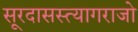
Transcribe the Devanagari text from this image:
सूरदासस्त्यागराजो